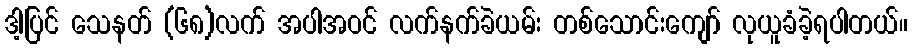
ဒါ့ပြင် သေနတ် (၆၈)လက် အပါအဝင် လက်နက်ခဲယမ်း တစ်သောင်းကျော် လုယူခံခဲ့ရပါတယ်။